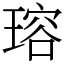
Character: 瑢